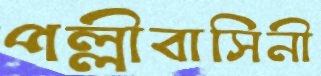
পল্লীবাসিনী